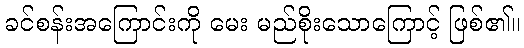
ခင်စန်းအကြောင်းကို မေး မည်စိုးသောကြောင့် ဖြစ်၏။